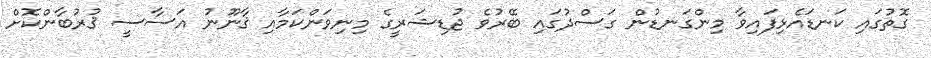
ގޮތުގައި ކަނޑައެޅިފައިވާ މިންގަނޑުން ގަސްދުގައި ބޭރުވެ ޖުޑިޝަރީގެ މިނިވަންކަމާއި ޤާނޫނު އަސާސީ ޤުރުބާންކޮށް